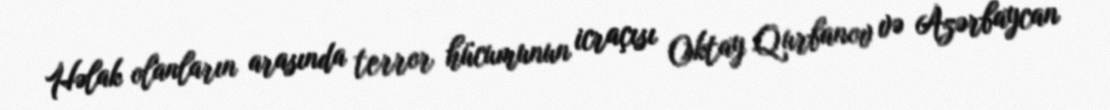
Həlak olanların arasında terror hücumunun icraçısı Oktay Qurbanov və Azərbaycan